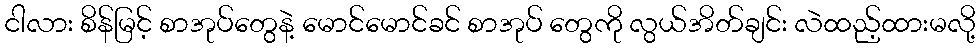
ငါလား စိန်မြင့် စာအုပ်တွေနဲ့ မောင်မောင်ခင် စာအုပ် တွေကို လွယ်အိတ်ချင်း လဲထည့်ထားမလို့